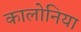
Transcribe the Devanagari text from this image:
कालोनिया